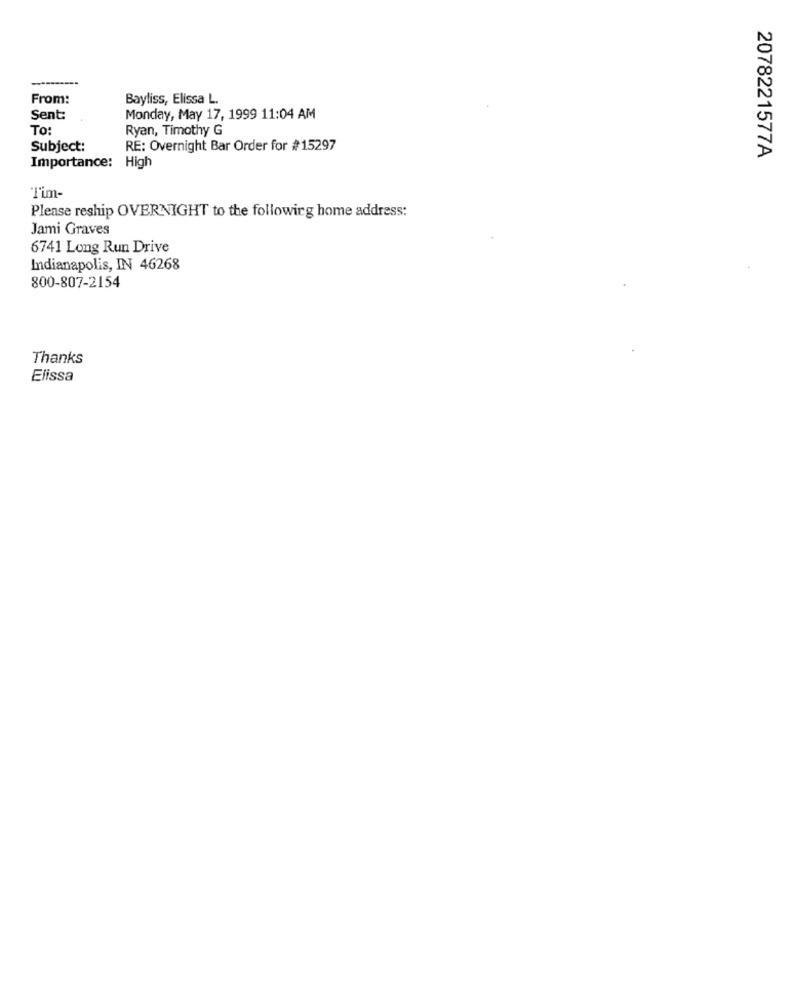
-----
From:
Bayliss, Elissa L.
Sent:
Monday, May 17, 1999 11:04 AM
To:
Ryan, Timothy G
Subject:
RE: Overnight Bar Order for #15297
2078221577A
Importance: High
Tim-
Please reship OVERNIGHT to the following home address:
Jami Graves
6741 Long Run Drive
Indianapolis, IN 46268
800-807-2154
Thanks
Elissa